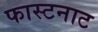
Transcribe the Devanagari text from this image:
फास्टनाट